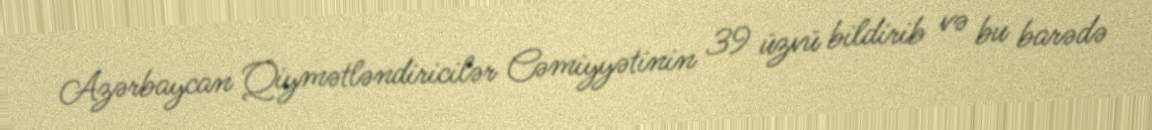
Azərbaycan Qiymətləndiricilər Cəmiyyətinin 39 üzvü bildirib və bu barədə